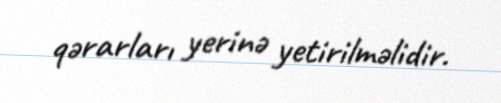
qərarları yerinə yetirilməlidir.